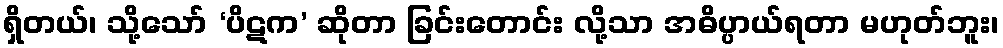
ရှိတယ်၊ သို့သော် ‘ပိဋက’ ဆိုတာ ခြင်းတောင်း လို့သာ အဓိပ္ပာယ်ရတာ မဟုတ်ဘူး၊